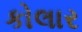
કોલાર